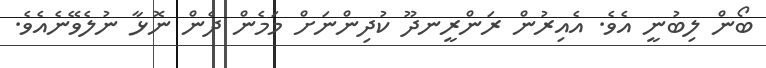
ބޯން ލިބުނީ އެވެ. އެއިރުން ރަންރީނދޫ ކުދިންނަށް މަމެން ދެން ނޮޅާ ނުލެވޭނެއެވެ.